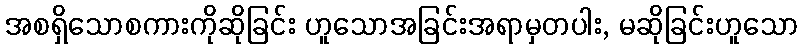
အစရှိသောစကားကိုဆိုခြင်း ဟူသောအခြင်းအရာမှတပါး, မဆိုခြင်းဟူသော